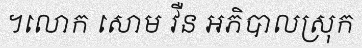
។លោក សោម វឺន អភិបាលស្រុក